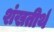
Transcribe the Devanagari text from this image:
शंखतीर्थ